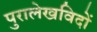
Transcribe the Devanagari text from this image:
पुरालेखविदों